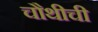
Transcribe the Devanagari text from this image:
चौथीची